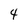
Character: 4